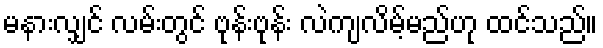
မနားလျှင် လမ်းတွင် ဗုန်းဗုန်း လဲကျလိမ့်မည်ဟု ထင်သည်။